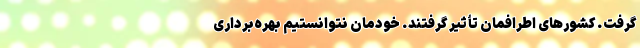
گرفت. کشورهای اطرافمان تأثیر گرفتند. خودمان نتوانستیم بهره‌برداری